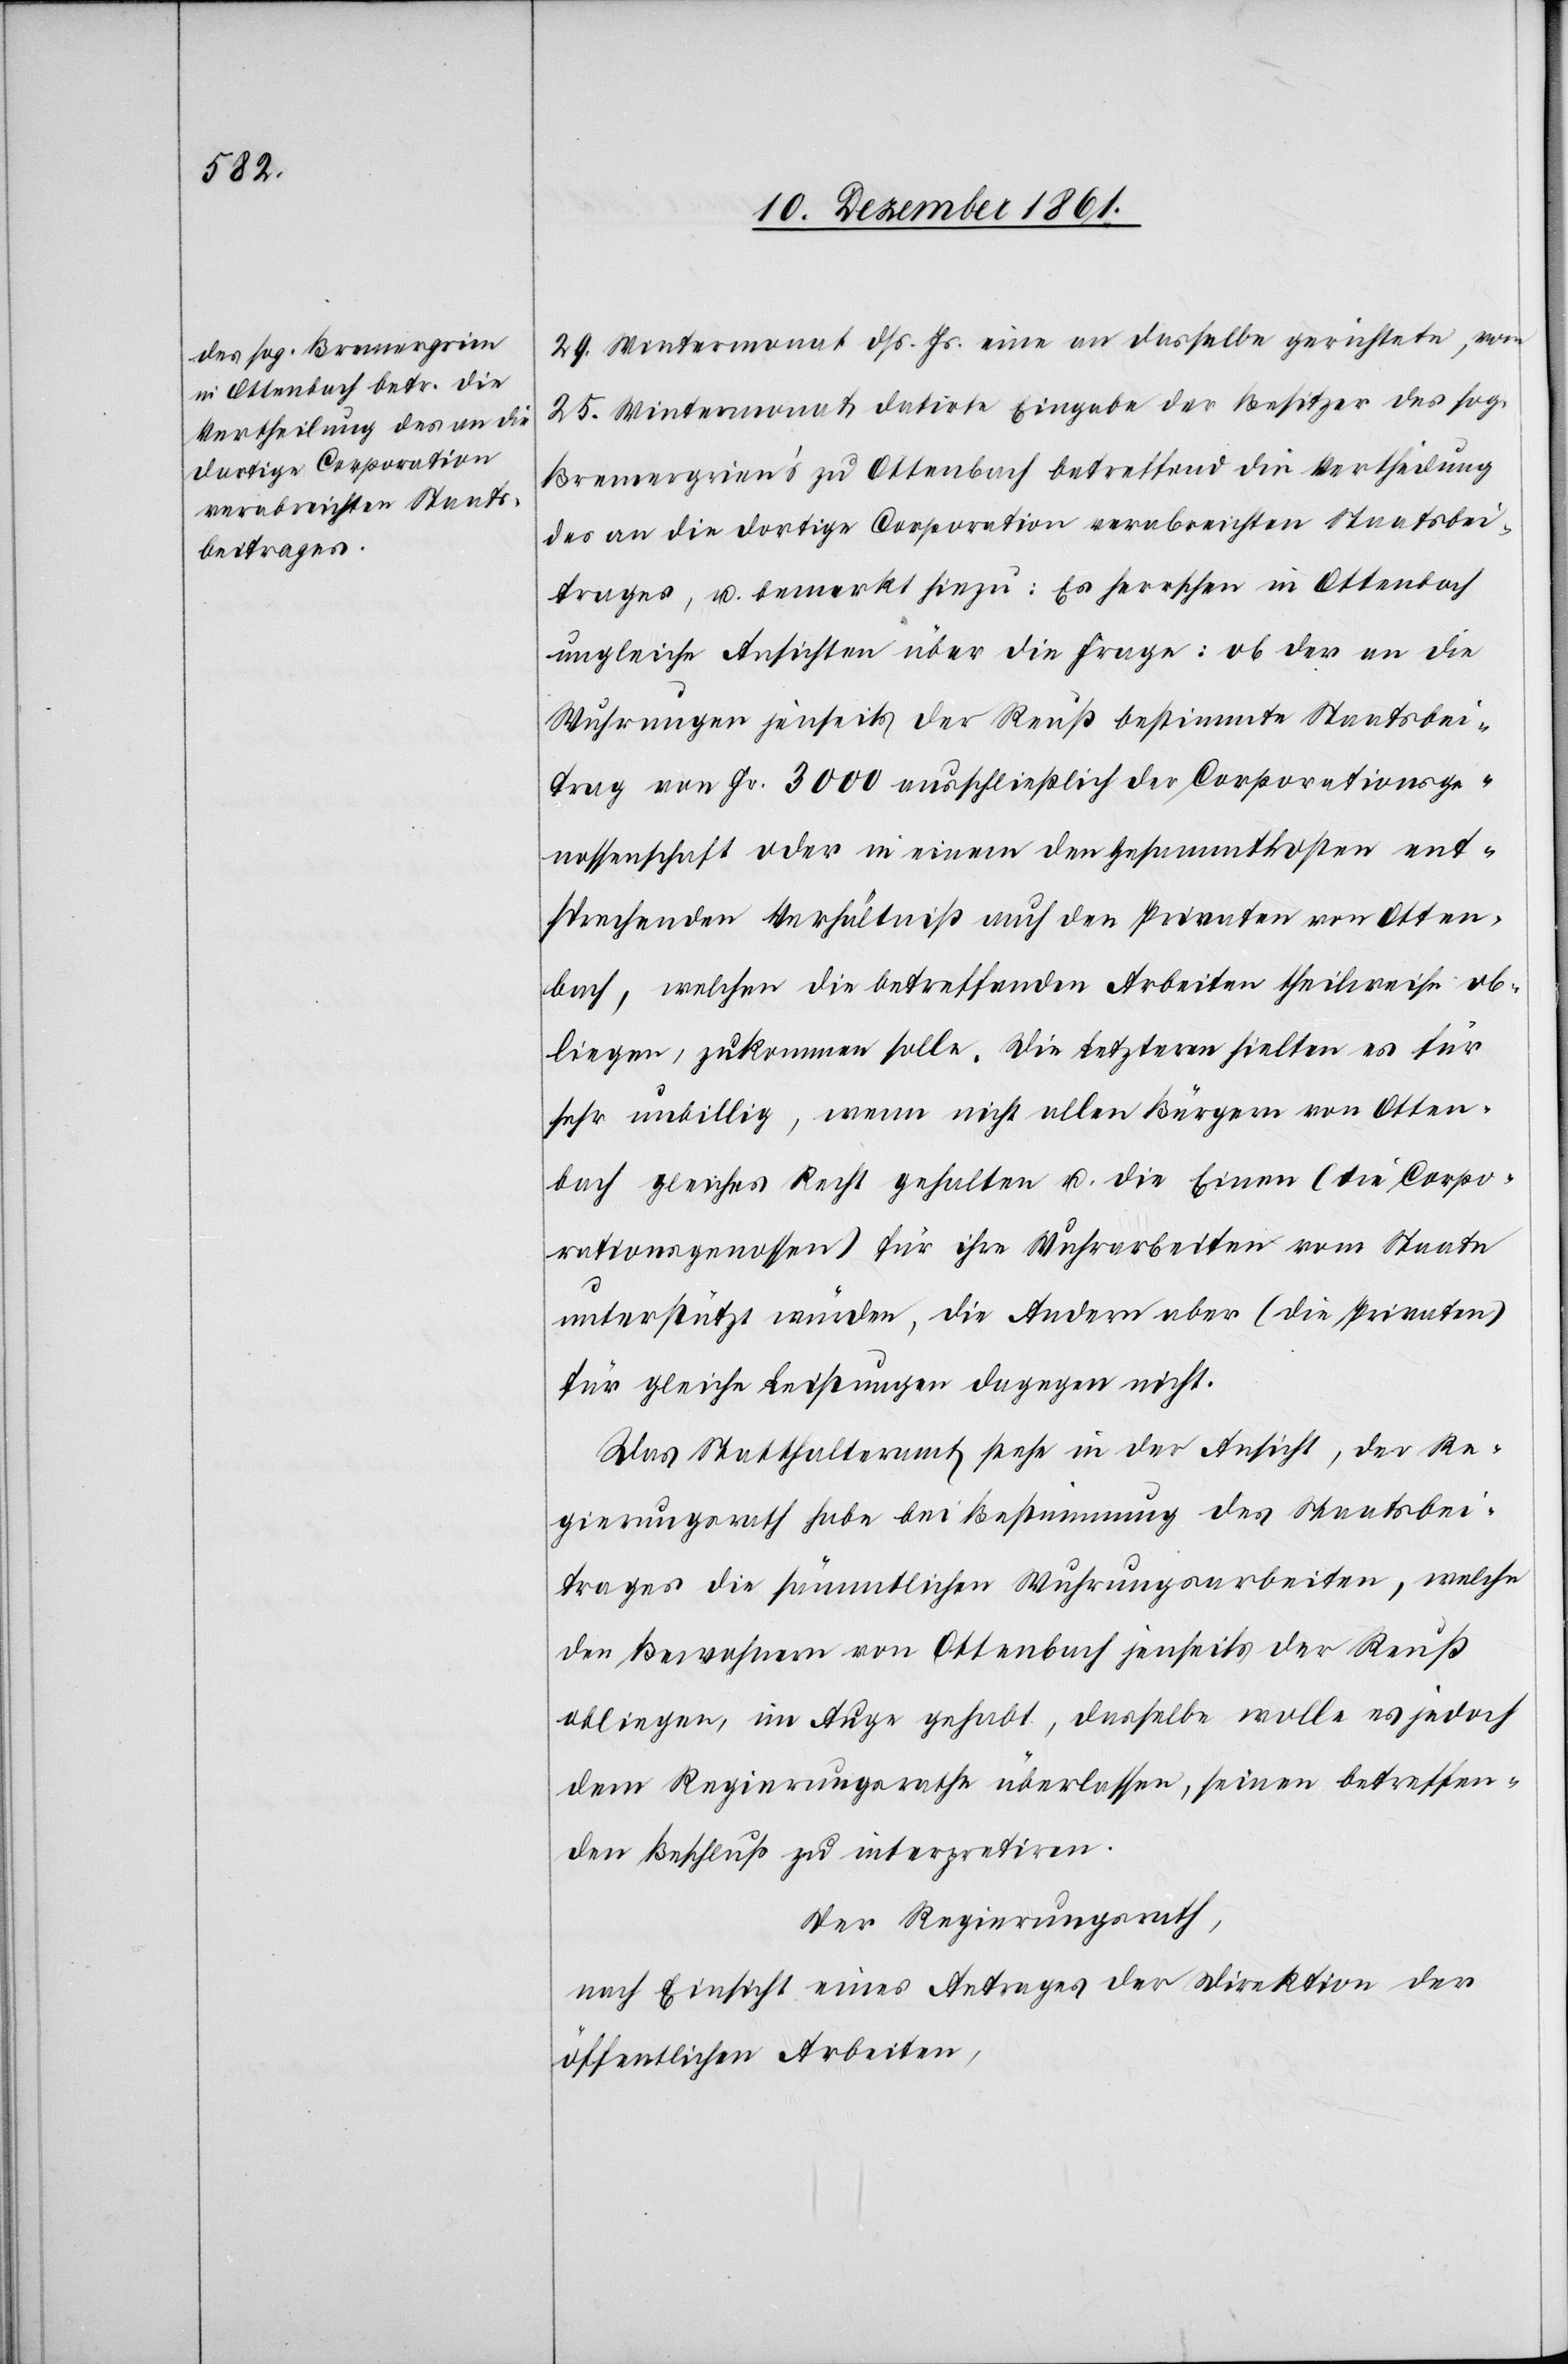
29 Wintermonat dß. Js. eine an dasselbe gerichtete, vom
25 Wintermonat datirte Eingabe der Besitzer des sog.
Bremergrien’s zu Ottenbach betreffend die Vertheilung
des an die dortige Corporation verabreichten Staatsbei¬
trages, u. bemerkt hiezu: Es herrschen in Ottenbach
ungleiche Ansichten über die Frage: ob der an die
Wuhrungen jenseits der Reuß bestimmte Staatsbei¬
trag von Fr. 3000 ausschließlich der Corporationsge¬
nossenschaft oder in einem den Gesammtkosten ent¬
sprechenden Verhältniß auch den Privaten von Otten¬
bach, welchen die betreffenden Arbeiten theilsweise ob¬
liegen, zukommen solle. Die Letzteren hielten es für
sehr unbillig, wenn nicht allen Bürgern von Otten¬
bach gleiches Recht gehalten u. die Einen (die Corpo¬
rationsgenossenschaft) für ihre Wuhrarbeiten vom Staate
unterstützt würden, die Andern aber (die Privaten)
für gleiche Leistungen dagegen nicht.
Das Statthalteramt stehe in der Ansicht, der Re¬
gierungsrath habe bei Bestimmung des Staatsbei¬
trages die sämmtlichen Wuhrungsarbeiten, welche
den Bewohnern von Ottenbach jenseits der Reuß
obliegen, im Auge gehabt, dasselbe wolle es jedoch
dem Regierungsrathe überlassen, seinen betreffen¬
den Beschluß zu interpretiren.
Der Regierungsrath,
nach Einsicht eines Antrages der Direktion der
öffentlichen Arbeiten,